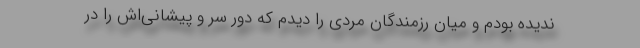
ندیده بودم و میان رزمندگان مردی را دیدم که دور سر و پیشانی‌اش را در